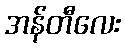
အန်တီလေး